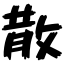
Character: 散